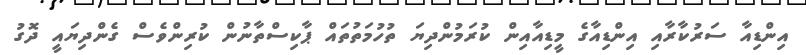
އިންޑިއާ ސަރުކާރާއި އިންޑިއާގެ މީޑިއާއިން ކުރަމުންދިޔަ ތުހުމަތުތައް ޕާކިސްތާނުން ކުރިންވެސް ގެންދިޔައީ ދޮގު